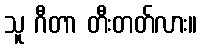
သူ ဂီတာ တီးတတ်လား။